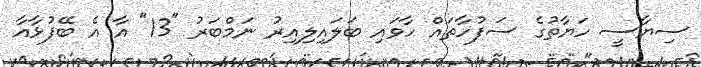
ސިޔާސީ ހަޔާތުގެ ސަފުހާތައް ހާވައި ބަލައިލިއިރު ނަމްބަރު "13" އާ އެ ބޭފުޅާއާ